Lunatic asylums Madras 1892-1911 - 1892-1911
Year: 1892
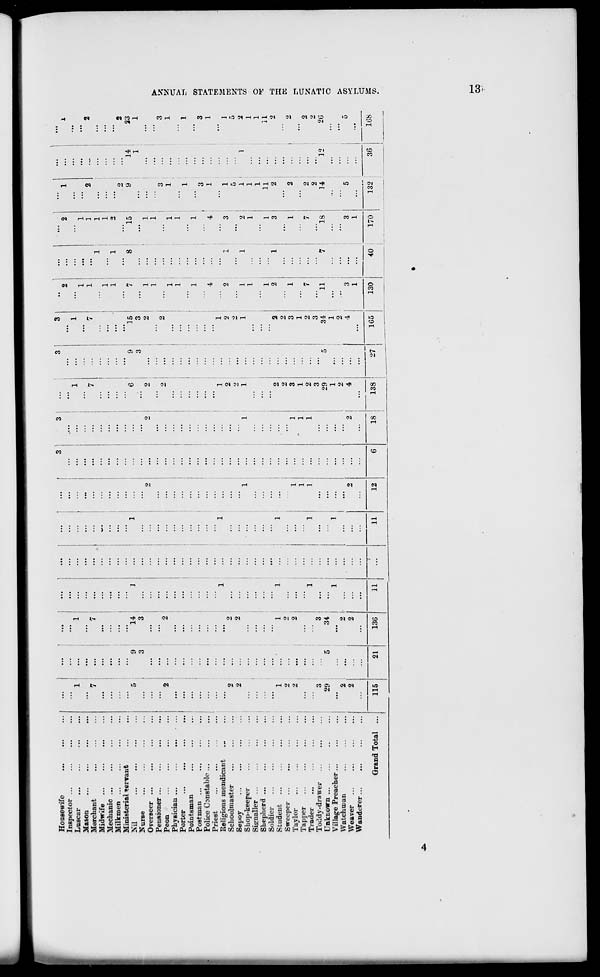
Housewife
3
3
3
3
..
...
....
...
...
...
Inspector
,..
...
...
2
...
2
1
...
i
Luscar
1 !
...
1
1
1
...
...
...
...
...
...
Mason
...
1
...
1
...
...
...
Merchant
' 7
7
7
7
1
...
1
2
._
2
Midwife ...
...
1
1
...
...
...
Mechanic ...
...
...
...
1
...
1
...
...
...
Milkmen ...
...
...
1
1
■*
...
...
...
Ministerial »ervant
..!
'.'.'.
...
...
...
...
...
2
...
2
Nil
' 6
9
14
1
' 1
...
6
' 9
15
7
8
15
9
" 14
23
Nurse
...
,
3
3
.
3
3
...
...
1
1
Overseer ...
2
' 2
2
2
1
...
"* 1
...
...
...
Pensioner ...
...
...
1
...
1
...
...
>
Peon
...
2
2
...
2
2
...
...
3
...
3
Si
Physician ...
...
... • ...
...
...
...
1
1
1
...
1
Porter
...
...
1
...
1
...
>
Pointsman
...
...
...
...
...
1
...
1
JH
Postman ...
1
...
1
...
...
...
CO
Police Constable
...
...
...
;
...
3
i-3
>
,-3
Priest
4
4
i
...
1
Religious mendicant
'" 1
'.'.'.
' 1
1
1
...
...
...
...
t=3
Schoolmaster
2
2
i
...
2
...
2
2
1
3
;
1
5
Sepoy
...
...
2
...
2
...
2
...
2
...
...
...
y
5
«
Shop-keeper
...
'" 1
1
1
...
1
1
1
2
1
1
2
02
Signaller ...
...
::: ::: z ...
...
...
...
1
1
1
...
1
Shepherd
...
...
...
...
1
...
1
O
Soldier
1
1
11
...
11
Student
...
...
1
1
...
2
2
2
1
3
2
...
2
i-5
Sweeper ...
.,
<>
...
2
2
...
...
...
...
Hi
K
Taylor
2
:.:
2
1
1
3
3
1
...
1
2
2
Tapper
1
1
1
1
...
...
...
...
...
c
Trader
1 i
...
1
1
1
2
2
7
...
7
2
...
2
5?
Toddy-drawer
!
3
...
3
I
3
3
...
2
2
>
Unknown ...
29
5
34
...
29
' 5
34
11
'" 7
18
14
12
20
2
Vil lage Preacher ...
...
...
1
'" 1
1
...
1
...
...
...
...
...
Q
Watchman
2
...
' 2
...
...
...
2
2
...
...
...
...
...
...
>
Weaver ...
...
2
2
2
2
4
4
3
...
3
5
...
5
CP
Wanderer
...
...
...
...
...
1
...
1
...
...
h-l
Grand Total ...
(
115
21
130
11
...
11
12
6
IS
138
27
1G5
130
40
170
132
36
108
7 J
00